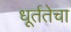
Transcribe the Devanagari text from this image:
धूर्ततेचा